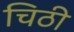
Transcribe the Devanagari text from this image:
चिठी